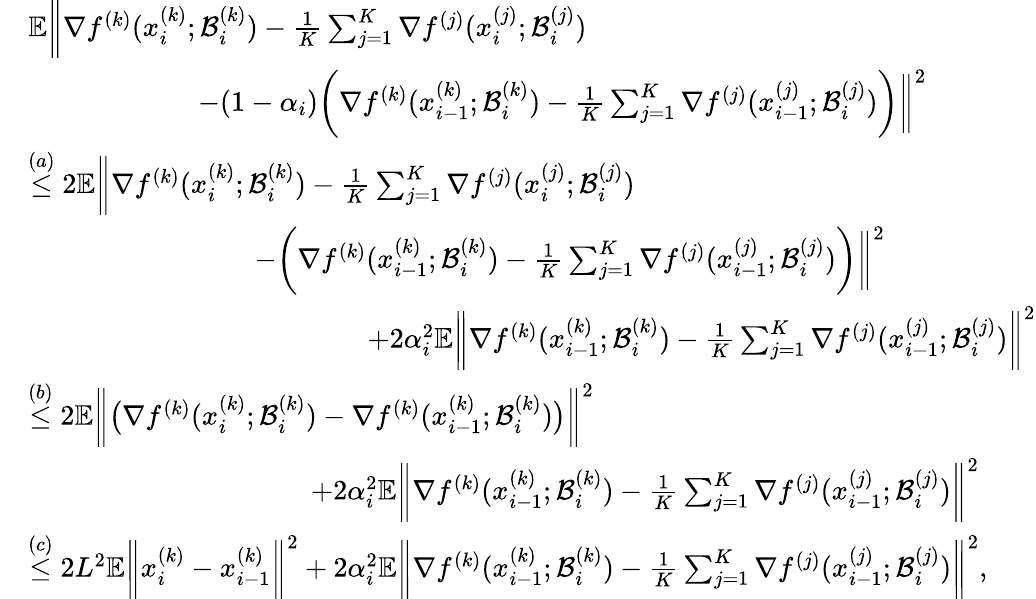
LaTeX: \begin{array}{rl}&{\mathbb{E}\bigg\| \nabla f^{(k)}(x_{i}^{(k)};\mathcal{B}_{i}^{(k)})-\frac{1}{K}\sum_{j=1}^{K}\nabla f^{(j)}(x_{i}^{(j)};\mathcal{B}_{i}^{(j)})}\\ &{\qquad\qquad\qquad-(1-\alpha_{i})\bigg(\nabla f^{(k)}(x_{i-1}^{(k)};\mathcal{B}_{i}^{(k)})-\frac{1}{K}\sum_{j=1}^{K}\nabla f^{(j)}(x_{i-1}^{(j)};\mathcal{B}_{i}^{(j)})\bigg)\bigg\| ^{2}}\\ &{\overset{(a)}{\leq}2\mathbb{E}\bigg\| \nabla f^{(k)}(x_{i}^{(k)};\mathcal{B}_{i}^{(k)})-\frac{1}{K}\sum_{j=1}^{K}\nabla f^{(j)}(x_{i}^{(j)};\mathcal{B}_{i}^{(j)})}\\ &{\qquad\qquad\qquad\qquad-\bigg(\nabla f^{(k)}(x_{i-1}^{(k)};\mathcal{B}_{i}^{(k)})-\frac{1}{K}\sum_{j=1}^{K}\nabla f^{(j)}(x_{i-1}^{(j)};\mathcal{B}_{i}^{(j)})\bigg)\bigg\| ^{2}}\\ &{\qquad\qquad\qquad\qquad\qquad\qquad+2\alpha_{i}^{2}\mathbb{E}\bigg\| \nabla f^{(k)}(x_{i-1}^{(k)};\mathcal{B}_{i}^{(k)})-\frac{1}{K}\sum_{j=1}^{K}\nabla f^{(j)}(x_{i-1}^{(j)};\mathcal{B}_{i}^{(j)})\bigg\| ^{2}}\\ &{\overset{(b)}{\leq}2\mathbb{E}\bigg\| \big(\nabla f^{(k)}(x_{i}^{(k)};\mathcal{B}_{i}^{(k)})-\nabla f^{(k)}(x_{i-1}^{(k)};\mathcal{B}_{i}^{(k)})\big)\bigg\| ^{2}}\\ &{\qquad\qquad\qquad\qquad\qquad+2\alpha_{i}^{2}\mathbb{E}\bigg\| \nabla f^{(k)}(x_{i-1}^{(k)};\mathcal{B}_{i}^{(k)})-\frac{1}{K}\sum_{j=1}^{K}\nabla f^{(j)}(x_{i-1}^{(j)};\mathcal{B}_{i}^{(j)})\bigg\| ^{2}}\\ &{\overset{(c)}{\leq}2L^{2}\mathbb{E}\bigg\| x_{i}^{(k)}-x_{i-1}^{(k)}\bigg\| ^{2}+2\alpha_{i}^{2}\mathbb{E}\bigg\| \nabla f^{(k)}(x_{i-1}^{(k)};\mathcal{B}_{i}^{(k)})-\frac{1}{K}\sum_{j=1}^{K}\nabla f^{(j)}(x_{i-1}^{(j)};\mathcal{B}_{i}^{(j)})\bigg\| ^{2},}\end{array}